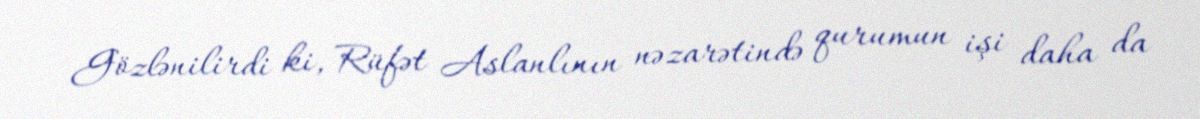
Gözlənilirdi ki, Rüfət Aslanlının nəzarətində qurumun işi daha da